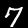
Digit: 7